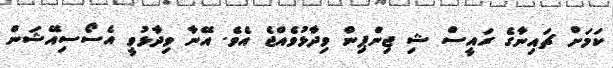
ކަމަށް ޗައިނާގެ ރައީސް ޝި ޖިންޕިން ވިދާޅުވެއްޖެ އެވެ. އޭނާ ވިދާޅުވީ އެސޯސިއޭޝަން